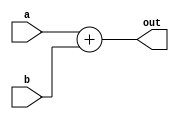
`timescale 1ns / 1ps
//////////////////////////////////////////////////////////////////////////////////
//																				//
// CMPEN 331 Spring 2017														//
// Code by John Huddleston (Section 2)											//
// Generic 32 bit adder															//
// 																				//
//////////////////////////////////////////////////////////////////////////////////


module adder(
    input [31:0] a,
    input [31:0] b,
    output [31:0] out
    );
    
    assign out = a+b;
    
endmodule